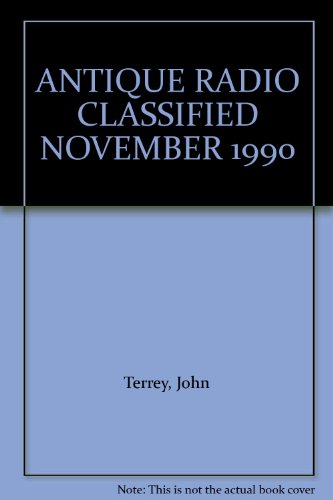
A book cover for ANTIQUE RADIO CLASSIFIED NOVEMBER 1990; John Terrey; Crafts, Hobbies & Home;